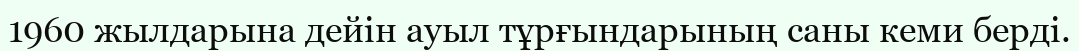
1960 жылдарына дейін ауыл тұрғындарының саны кеми берді.